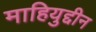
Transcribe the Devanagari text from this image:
माहियुद्दीन